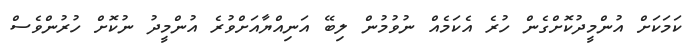
ކަމަކަށް އުންމީދުކޮށްގެން ހުރެ އެކަމެއް ނުވުމުން ލިބޭ އަނިއްޔާއަށްވުރެ އުންމީދު ނުކޮށް ހުރުންވެސް